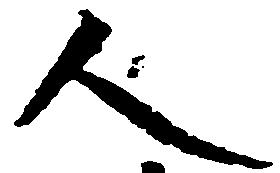
人